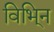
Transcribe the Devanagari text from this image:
विभि्न